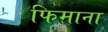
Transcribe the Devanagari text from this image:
फिमाना